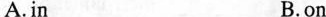
A.in B.on